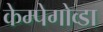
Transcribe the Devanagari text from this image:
केम्पेगोव्डा